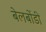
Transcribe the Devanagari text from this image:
बेलबोंडी